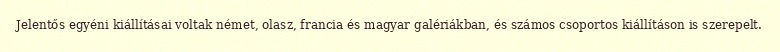
Jelentős egyéni kiállításai voltak német, olasz, francia és magyar galériákban, és számos csoportos kiállításon is szerepelt.